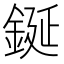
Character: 鋋